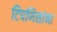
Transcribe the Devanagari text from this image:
टिपणिसांना